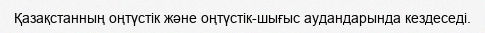
Қазақстанның оңтүстік және оңтүстік-шығыс аудандарында кездеседі.